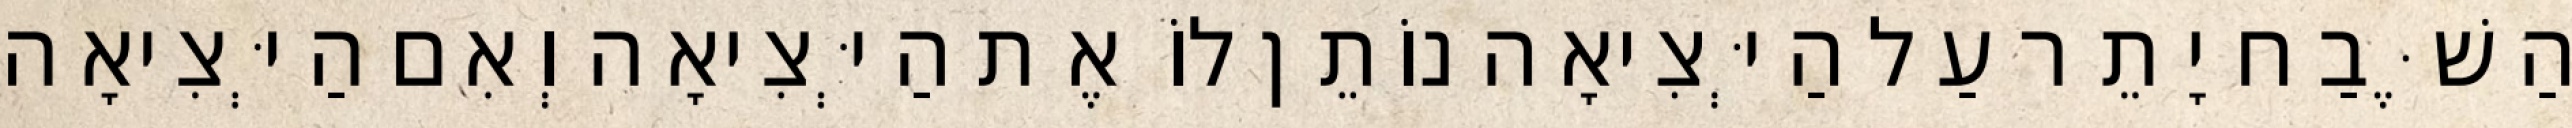
הַשֶּׁבַח יָתֵר עַל הַיְּצִיאָה נוֹתֵן לוֹ אֶת הַיְּצִיאָה וְאִם הַיְּצִיאָה